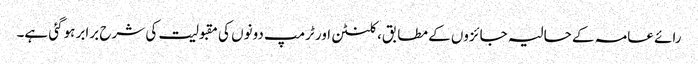
رائے عامہ کے حالیہ جائزوں کے مطابق، کلنٹن اور ٹرمپ دونوں کی مقبولیت کی شرح برابر ہوگئی ہے۔